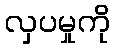
လှပမှုကို